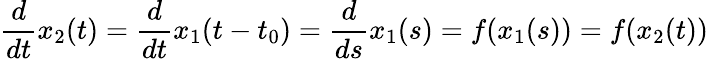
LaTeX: {\frac{d}{dt}}x_{2}(t)={\frac{d}{dt}}x_{1}(t-t_{0})={\frac{d}{ds}}x_{1}(s)=f(x_{1}(s))=f(x_{2}(t))